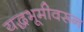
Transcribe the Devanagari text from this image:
यद्धभूमीवरून